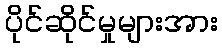
ပိုင်ဆိုင်မှုများအား